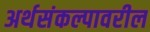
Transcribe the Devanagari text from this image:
अर्थसंकल्पावरील